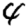
Digit: 4